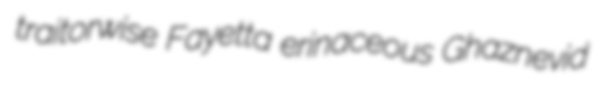
traitorwise Fayetta erinaceous Ghaznevid